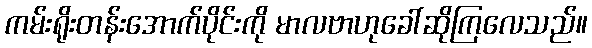
ကမ်းရိုးတန်းအောက်ပိုင်းကို မာလဗာဟုခေါ်ဆိုကြလေသည်။